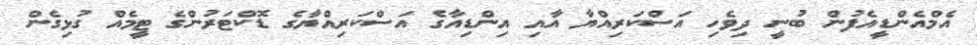
އެމްއެންޑީއެފުން ބުނީ ދިވެހި އަސްކަރިއްޔާ އާއި އިންޑިއާގެ އަސްކަރިއްޔާގެ ޑޮކްޓަރުންގެ ޓީމެއް ގުޅިގެން